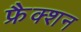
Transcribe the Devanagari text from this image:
फ्रैक्शन